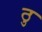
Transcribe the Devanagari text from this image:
ठु